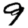
Digit: 9